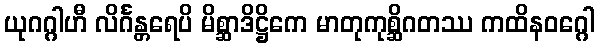
ယုဂဂ္ဂါဟီ လိင်္ဂန္တရေပိ မိစ္ဆာဒိဋ္ဌိကေ မာတုကုစ္ဆိဂတဿ ကထိနဝဂ္ဂေါ